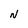
Character: N